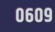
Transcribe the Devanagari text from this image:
०६०९